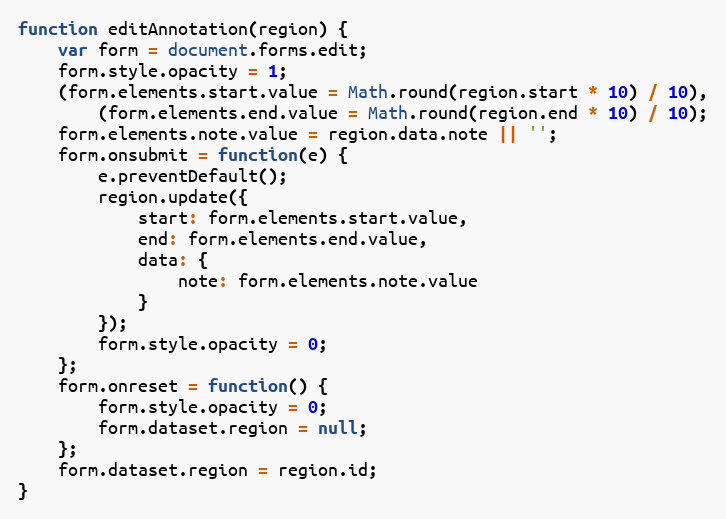
Language: JavaScript
function editAnnotation(region) {
    var form = document.forms.edit;
    form.style.opacity = 1;
    (form.elements.start.value = Math.round(region.start * 10) / 10),
        (form.elements.end.value = Math.round(region.end * 10) / 10);
    form.elements.note.value = region.data.note || '';
    form.onsubmit = function(e) {
        e.preventDefault();
        region.update({
            start: form.elements.start.value,
            end: form.elements.end.value,
            data: {
                note: form.elements.note.value
            }
        });
        form.style.opacity = 0;
    };
    form.onreset = function() {
        form.style.opacity = 0;
        form.dataset.region = null;
    };
    form.dataset.region = region.id;
}